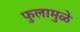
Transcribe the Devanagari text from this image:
फुलामुळे